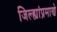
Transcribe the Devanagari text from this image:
जिल्ह्यांप्रमाणे